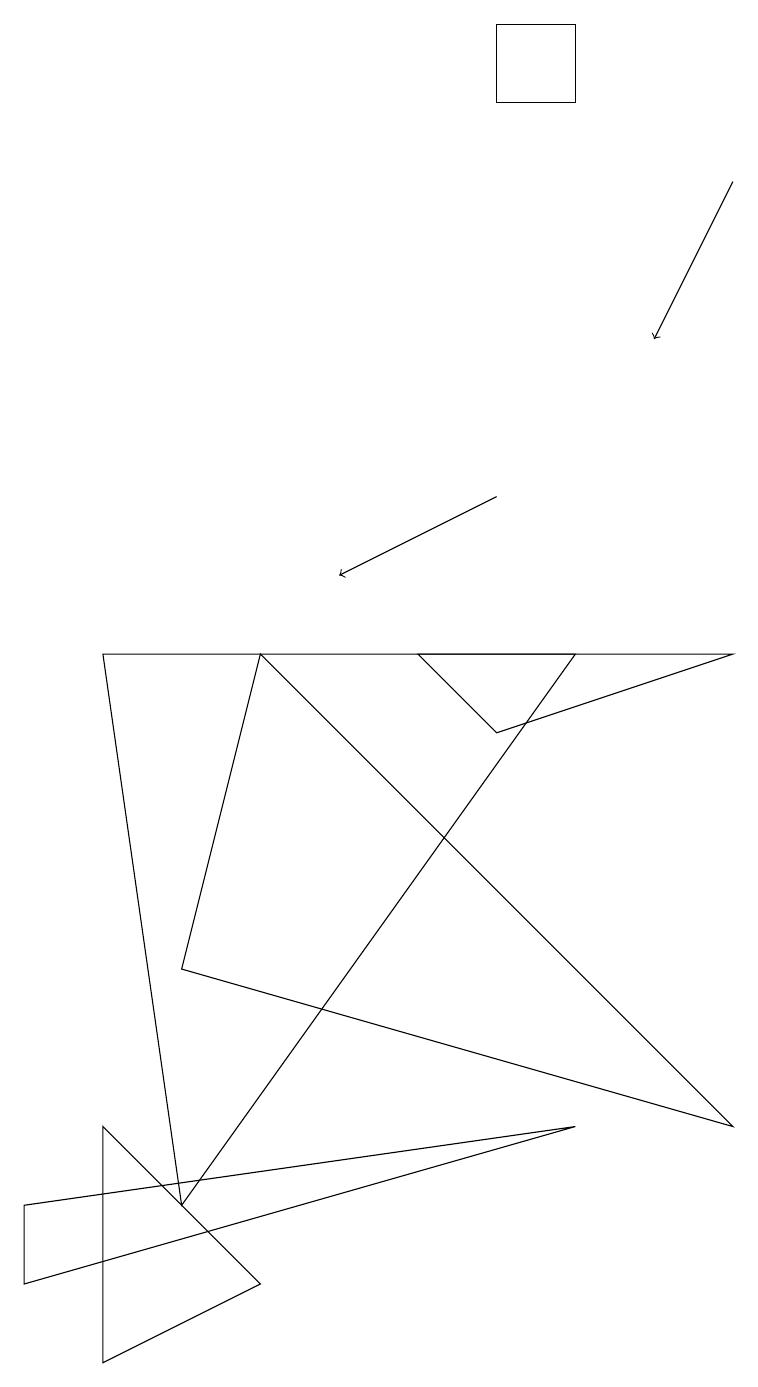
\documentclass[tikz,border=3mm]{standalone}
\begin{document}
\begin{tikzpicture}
\draw (2,5) -- (3,9) -- (9,3) -- cycle;
\draw[->] (9,15) -- (8,13);
\draw[->] (6,11) -- (4,10);
\draw (7,17) rectangle (6,16);
\draw (2,2) -- (7,9) -- (1,9) -- cycle;
\draw (5,9) -- (6,8) -- (9,9) -- cycle;
\draw (1,0) -- (3,1) -- (1,3) -- cycle;
\draw (0,1) -- (7,3) -- (0,2) -- cycle;
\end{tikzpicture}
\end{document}